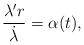
LaTeX: \begin{align*} \frac{{\lambda }'r}{{\dot{\lambda }}}=\alpha (t),\end{align*}